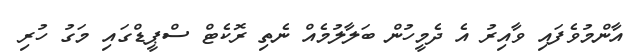
އާންމުވެފައި ވާއިރު އެ ދެމީހުން ބަލާލުމެއް ނެތި ރޮކެޓް ސްޕީޑްގައި މަގު ހުރި